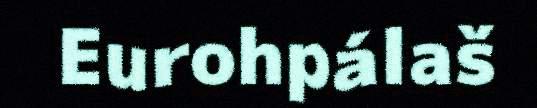
Eurohpálaš